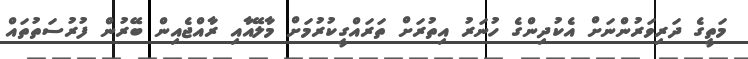
މަތީގެ ދަރިވަރުންނަށް އެކުދިންގެ ހުނަރު އިތުރަށް ތަރައްގީކުރުމަށް މާލޭއާއި ރާއްޖެއިން ބޭރުން ފުރުސަތުތައް